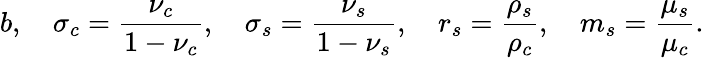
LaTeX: b,\quad\sigma_{c}=\frac{\nu_{c}}{1-\nu_{c}},\quad\sigma_{s}=\frac{\nu_{s}}{1-\nu_{s}},\quad r_{s}=\frac{\rho_{s}}{\rho_{c}},\quad m_{s}=\frac{\mu_{s}}{\mu_{c}}.